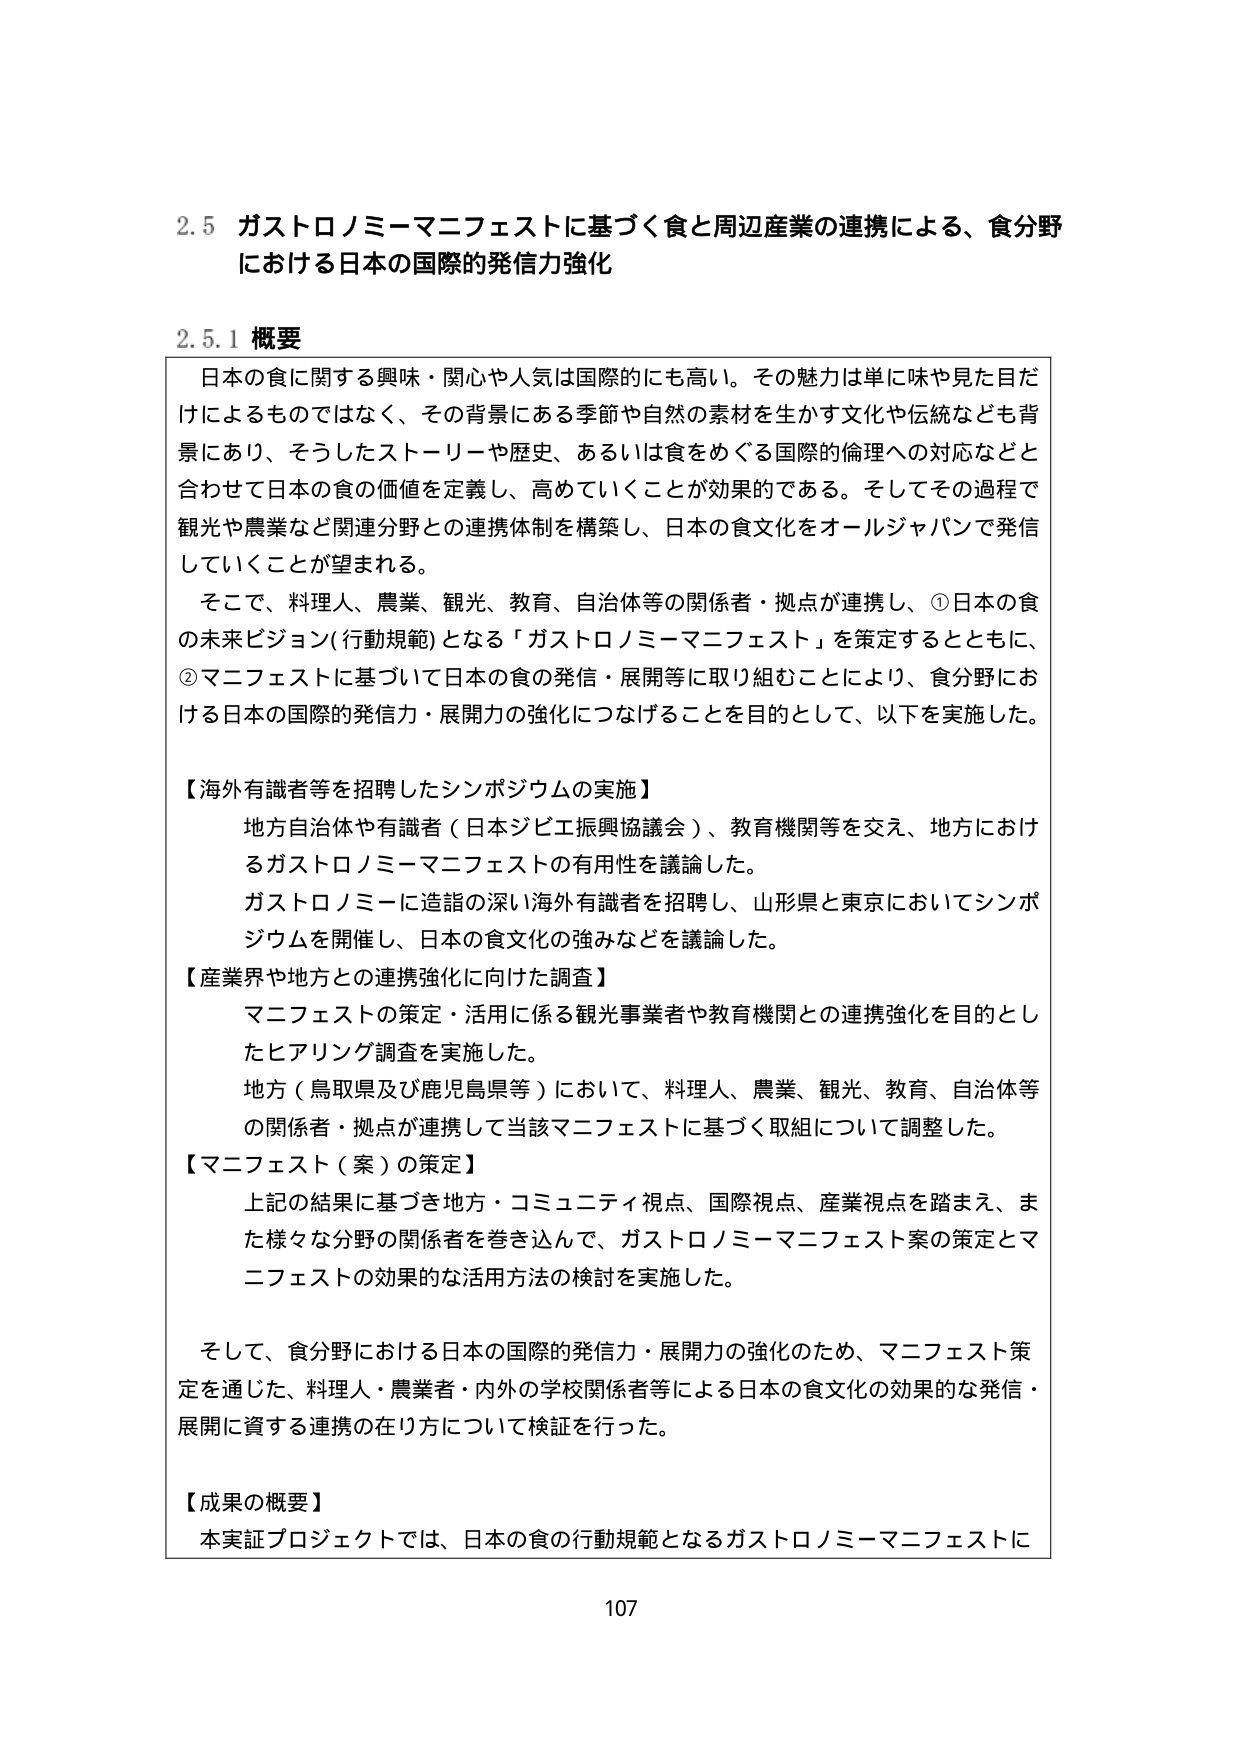
2.5 ガストロノミーマニフェストに基づく食と周辺産業の連携による、食分野における日本の国際的発信力強化

2.5.1 概要

日本の食に関する興味・関心や人気は国際的にも高い。その魅力は単に味や見た目だけによるものではなく、その背景にある季節や自然の素材を生かす文化や伝統なども背景にあり、そうしたストーリーや歴史、あるいは食をめぐる国際的倫理への対応などと合わせて日本の食の価値を定義し、高めていくことが効果的である。そしてその過程で観光や農業など関連分野との連携体制を構築し、日本の食文化をオールジャパンで発信していくことが望まれる。

そこで、料理人、農業、観光、教育、自治体等の関係者・拠点が連携し、①日本の食の未来ビジョン（行動規範）となる「ガストロノミーマニフェスト」を策定するとともに、②マニフェストに基づいて日本の食の発信・展開等に取り組むことにより、食分野における日本の国際的発信力・展開力の強化につなげることを目的として、以下を実施した。

【海外有識者等を招聘したシンポジウムの実施】
地方自治体や有識者（日本ジビエ振興協議会）、教育機関等を交え、地方におけるガストロノミーマニフェストの有用性を議論した。
ガストロノミーに造詣の深い海外有識者を招聘し、山形県と東京においてシンポジウムを開催し、日本の食文化の強みなどを議論した。

【産業界や地方との連携強化に向けた調査】
マニフェストの策定・活用に係る観光事業者や教育機関との連携強化を目的としたヒアリング調査を実施した。
地方（鳥取県及び鹿児島県等）において、料理人、農業、観光、教育、自治体等の関係者・拠点が連携して当該マニフェストに基づく取組について調整した。

【マニフェスト（案）の策定】
上記の結果に基づき地方・コミュニティ視点、国際視点、産業視点を踏まえ、また様々な分野の関係者を巻き込んで、ガストロノミーマニフェスト案の策定とマニフェストの効果的な活用方法の検討を実施した。

そして、食分野における日本の国際的発信力・展開力の強化のため、マニフェスト策定を通じた、料理人・農業者・内外の学校関係者等による日本の食文化の効果的な発信・展開に資する連携の在り方について検証を行った。

【成果の概要】
本実証プロジェクトでは、日本の食の行動規範となるガストロノミーマニフェストに

107